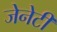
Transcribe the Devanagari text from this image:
जेनेटी